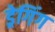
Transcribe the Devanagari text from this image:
ड्रेगिंग